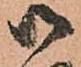
御